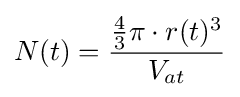
N(t)={\frac {{\frac {4}{3}}\pi \cdot r(t)^{3}}{V_{at}}}